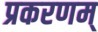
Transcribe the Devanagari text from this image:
प्रकरणम्‌